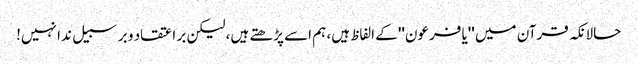
حالانکہ قرآن میں ''یا فرعون'' کے الفاظ ہیں، ہم اسے پڑھتے ہیں، لیکن بر اعتقاد و برسبیل ندا نہیں!